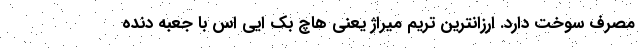
مصرف سوخت دارد. ارزانترین تریم میراژ یعنی هاچ بک ایی اس با جعبه دنده